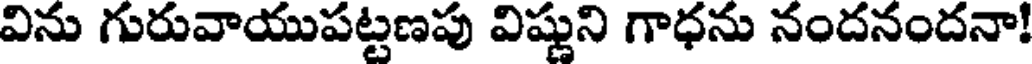
విను గురువాయుపట్టణపు విష్ణుని గాధను నందనందనా!